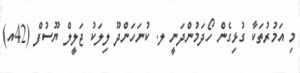
މި އަމުރުތަކާ ގުޅިގެން ހޯދަމުންދަނީ ލ. ކުނަހަންދޫ ލިލަކު ޖަލީލް ޔޫސުފް (42އ)